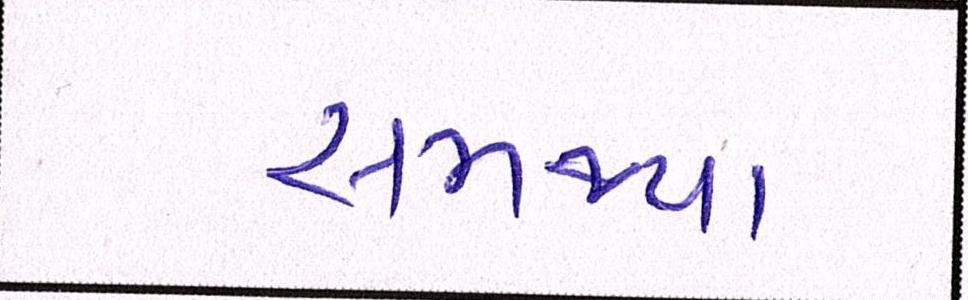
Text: સમજ્યા